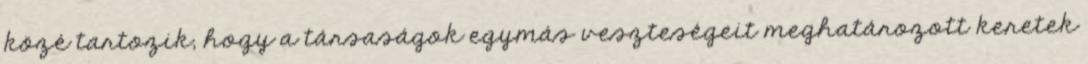
közé tartozik, hogy a társaságok egymás veszteségeit meghatározott keretek